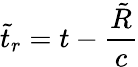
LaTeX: \tilde{t}_{r}=t-\frac{\tilde{R}}{c}